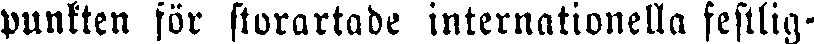
punkten för storartade internationella festlig-